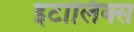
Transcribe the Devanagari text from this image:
इटालिक्स